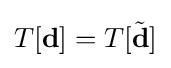
T[\mathbf {d} ]=T[{\tilde {\mathbf {d} }}]